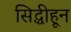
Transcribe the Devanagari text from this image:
सिद्धीहून